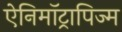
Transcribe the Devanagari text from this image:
ऐनिमॉट्रापिज्म